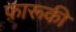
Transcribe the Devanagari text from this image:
फ़ारूकी